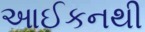
આઈકનથી